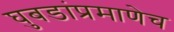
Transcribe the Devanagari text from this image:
घुबडांप्रमाणेच